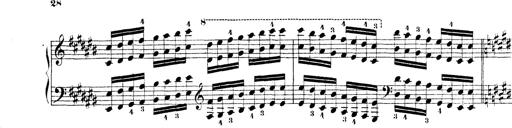
Title: Technische Studien
Composer: Franz Liszt